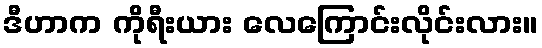
ဒီဟာက ကိုရီးယား လေကြောင်းလိုင်းလား။